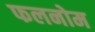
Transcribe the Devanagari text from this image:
फलनोम